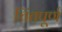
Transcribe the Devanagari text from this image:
चिंतपूर्ण